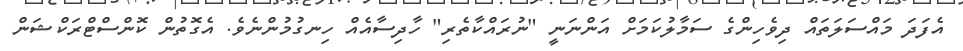
އެފަދަ މައްސަލަތައް ދިވެހިންގެ ސަމާލުކަމަށް އަންނަނީ "ނުރައްކާތެރި" ހާދިސާއެއް ހިނގުމުންނެވެ. އެގޮތުން ކޮންސްޓްރަކްޝަން